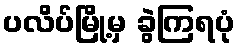
ပလိပ်မြို့မှ ခွဲကြရပုံ